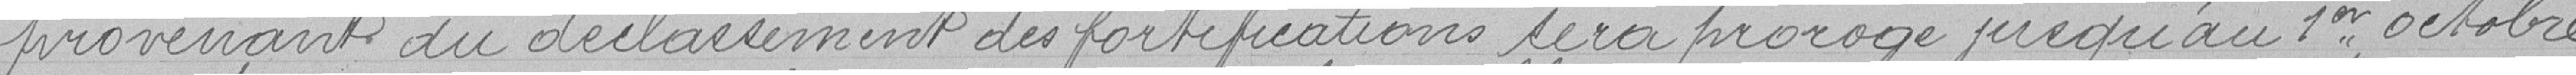
provenant du déclassement des fortifications sera prorogé jusqu'au 1er octobre